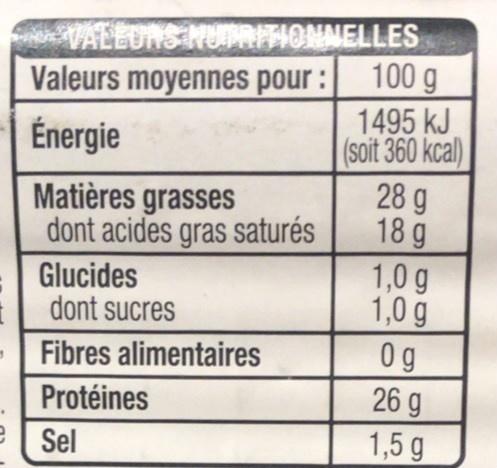
VALLONS NUIMITHONNELLES 100 g Valeurs moyennes pour :
1495 kJ (soit 360 kcal) 28 g 18 g 1,0 g 1,0 g 0g 26 g 1,5 g
Énergie
Matières grasses dont acides gras saturés
Glucides dont sucres
Fibres alimentaires
Protéines
Sel